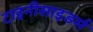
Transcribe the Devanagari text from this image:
टाइनीसाइडर्स